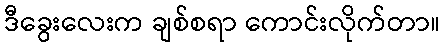
ဒီခွေးလေးက ချစ်စရာ ကောင်းလိုက်တာ။